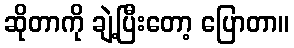
ဆိုတာကို ချဲ့ပြီးတော့ ပြောတာ။